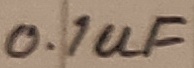
Text: 0.1uF